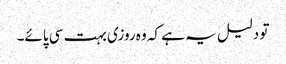
تو دلیل یہ ہے کہ وہ روزی بہت سی پائے۔